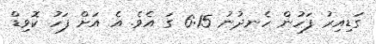
ގަޑިިއިރު ފަހުން ހެނދުނު 6:15 ގަ އެވެ. އެ އަށް ފަހު ކޮވިޑް